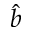
\hat { b }